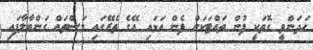
ހަދަންވީ ގޮތަކީ ފުން ތައްޓަކަށް ފެން އަޅައި އޭގެ ތެރޭގައި މަސްތައް ގަންބާލާފައި